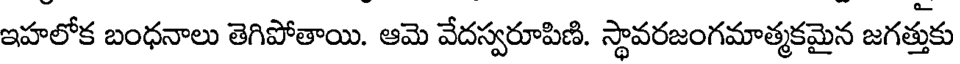
ఇహలోక బంధనాలు తెగిపోతాయి. ఆమె వేదస్వరూపిణి. స్థావరజంగమాత్మకమైన జగత్తుకు